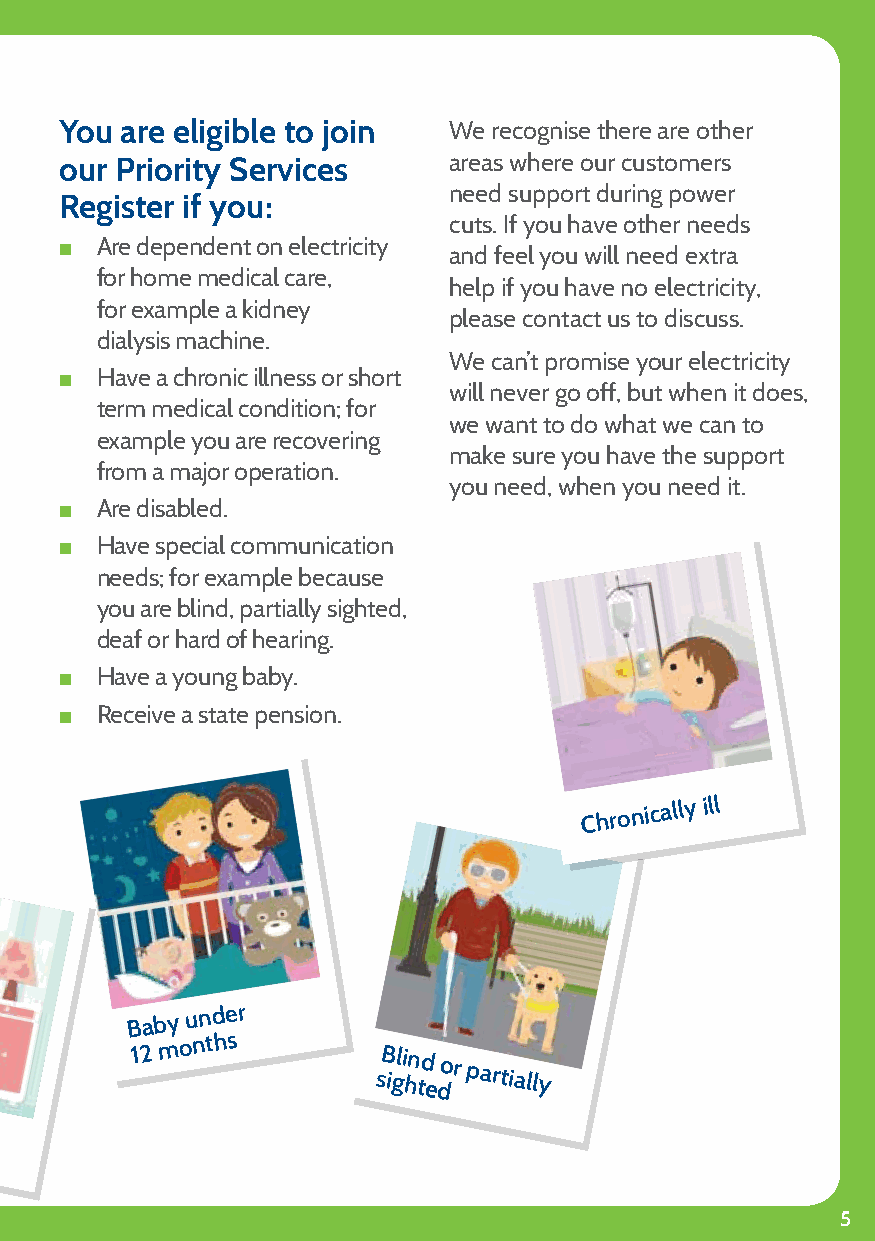
You are eligible to join  We recognise there are other
 our Priority Services     areas where our customers
 need support during power
 Register if you:
 cuts. If you have other needs
 Q Are dependent on electricity and feel you will need extra
 for home medical care,
 help if you have no electricity,
 for example a kidney
 please contact us to discuss.
 dialysis machine.
 We can’t promise your electricity
 Q Have a chronic illness or short
 will never go off, but when it does,
 term medical condition; for
 we want to do what we can to
 example you are recovering
 make sure you have the support
 from a major operation.
 you need, when you need it.
 Q Are disabled.
 Q Have special communication
 needs; for example because
 you are blind, partially sighted,
 deaf or hard of hearing.
 Q Have a young baby.
 Q Receive a state pension.
 Chronically ill
 Baby
 under
 12
 months
 sB igli hn td
 e
 dor partially
 Disabled
 5